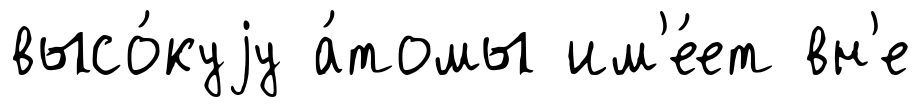
высо́куjу а́томы им'е́ет вн'е